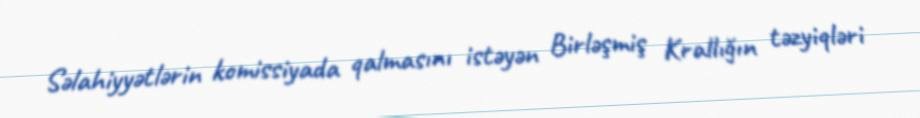
Səlahiyyətlərin komissiyada qalmasını istəyən Birləşmiş Krallığın təzyiqləri